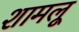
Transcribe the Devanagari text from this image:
शामलू